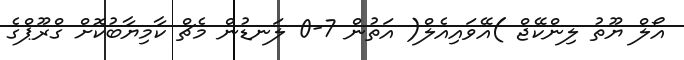
އޯލް ޔޫތު ލިންކޭޖް )އޭވައިއެލް( އަތުން 7-0 ލަނޑުން މެޗް ކާމިޔާބުކޮށް ގްރޫޕްގެ